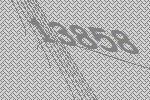
13858